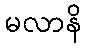
မလာနိ